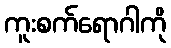
ကူးစက်ရောဂါကို